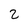
Character: 2